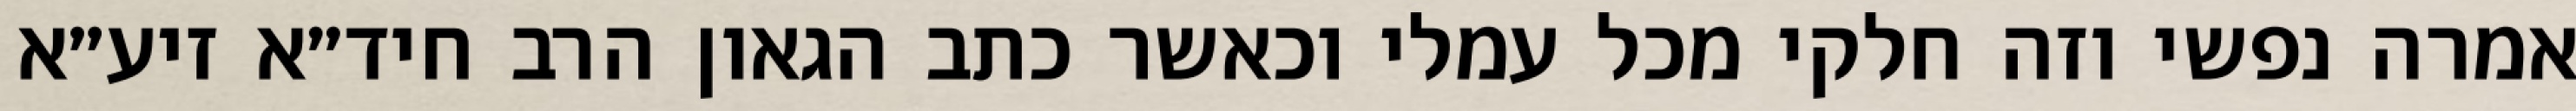
אמרה נפשי וזה חלקי מכל עמלי וכאשר כתב הגאון הרב חיד״א זיע״א